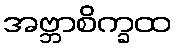
အဗ္ဘာစိက္ခထ